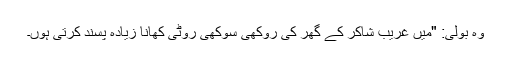
وہ بولی: "میں غریب شاکر کے گھر کی روکھی سوکھی روٹی کھانا زیادہ پسند کرتی ہوں۔